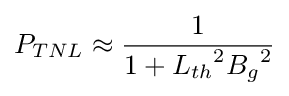
P_{TNL}\approx {\frac {1}{1+{L_{th}}^{2}{B_{g}}^{2}}}